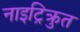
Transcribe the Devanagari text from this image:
नाइट्रिक्रुत